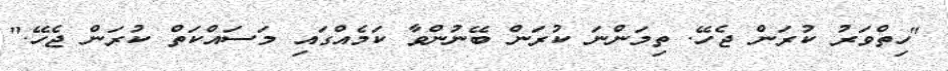
"ހިތްވަރު ކުރަން ޖެހޭ. ތިމަންނަ ކުރަން ބޭނުންވާ ކަމެއްގައި މަސައްކަތް ކުރަން ޖެހޭ."